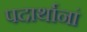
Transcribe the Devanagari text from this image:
पदार्थानां